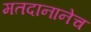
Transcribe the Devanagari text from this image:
मतदानानेच